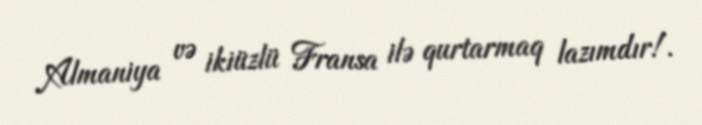
Almaniya və ikiüzlü Fransa ilə qurtarmaq lazımdır!.